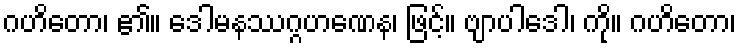
ဂဟိတော၊ ၏။ ဒေါမနဿဂ္ဂဟဏေန၊ ဖြင့်။ ဗျာပါဒေါ၊ ကို။ ဂဟိတော၊